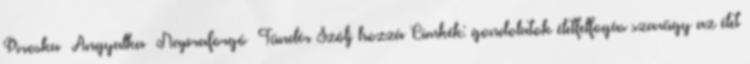
Piroska Angyalka Napraforgó Tündér Szólj hozzá Címkék: gondolatok életfelfogás szarügy az élet